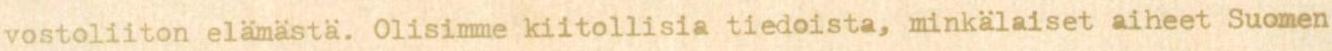
vostoliiton elämästä. Olisimme kiitollisia tiedoista, minkälaiset aiheet Suomen